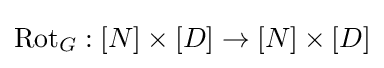
\mathrm {Rot} _{G}:[N]\times [D]\rightarrow [N]\times [D]